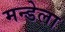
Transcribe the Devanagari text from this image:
मन्डेला